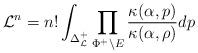
LaTeX: \begin{align*}\mathcal{L}^n= n! \int_{\Delta^+_{\mathcal{L}}} \prod_{\Phi^+\setminus E}\frac{\kappa(\alpha,p)}{\kappa(\alpha,\rho)} dp \end{align*}